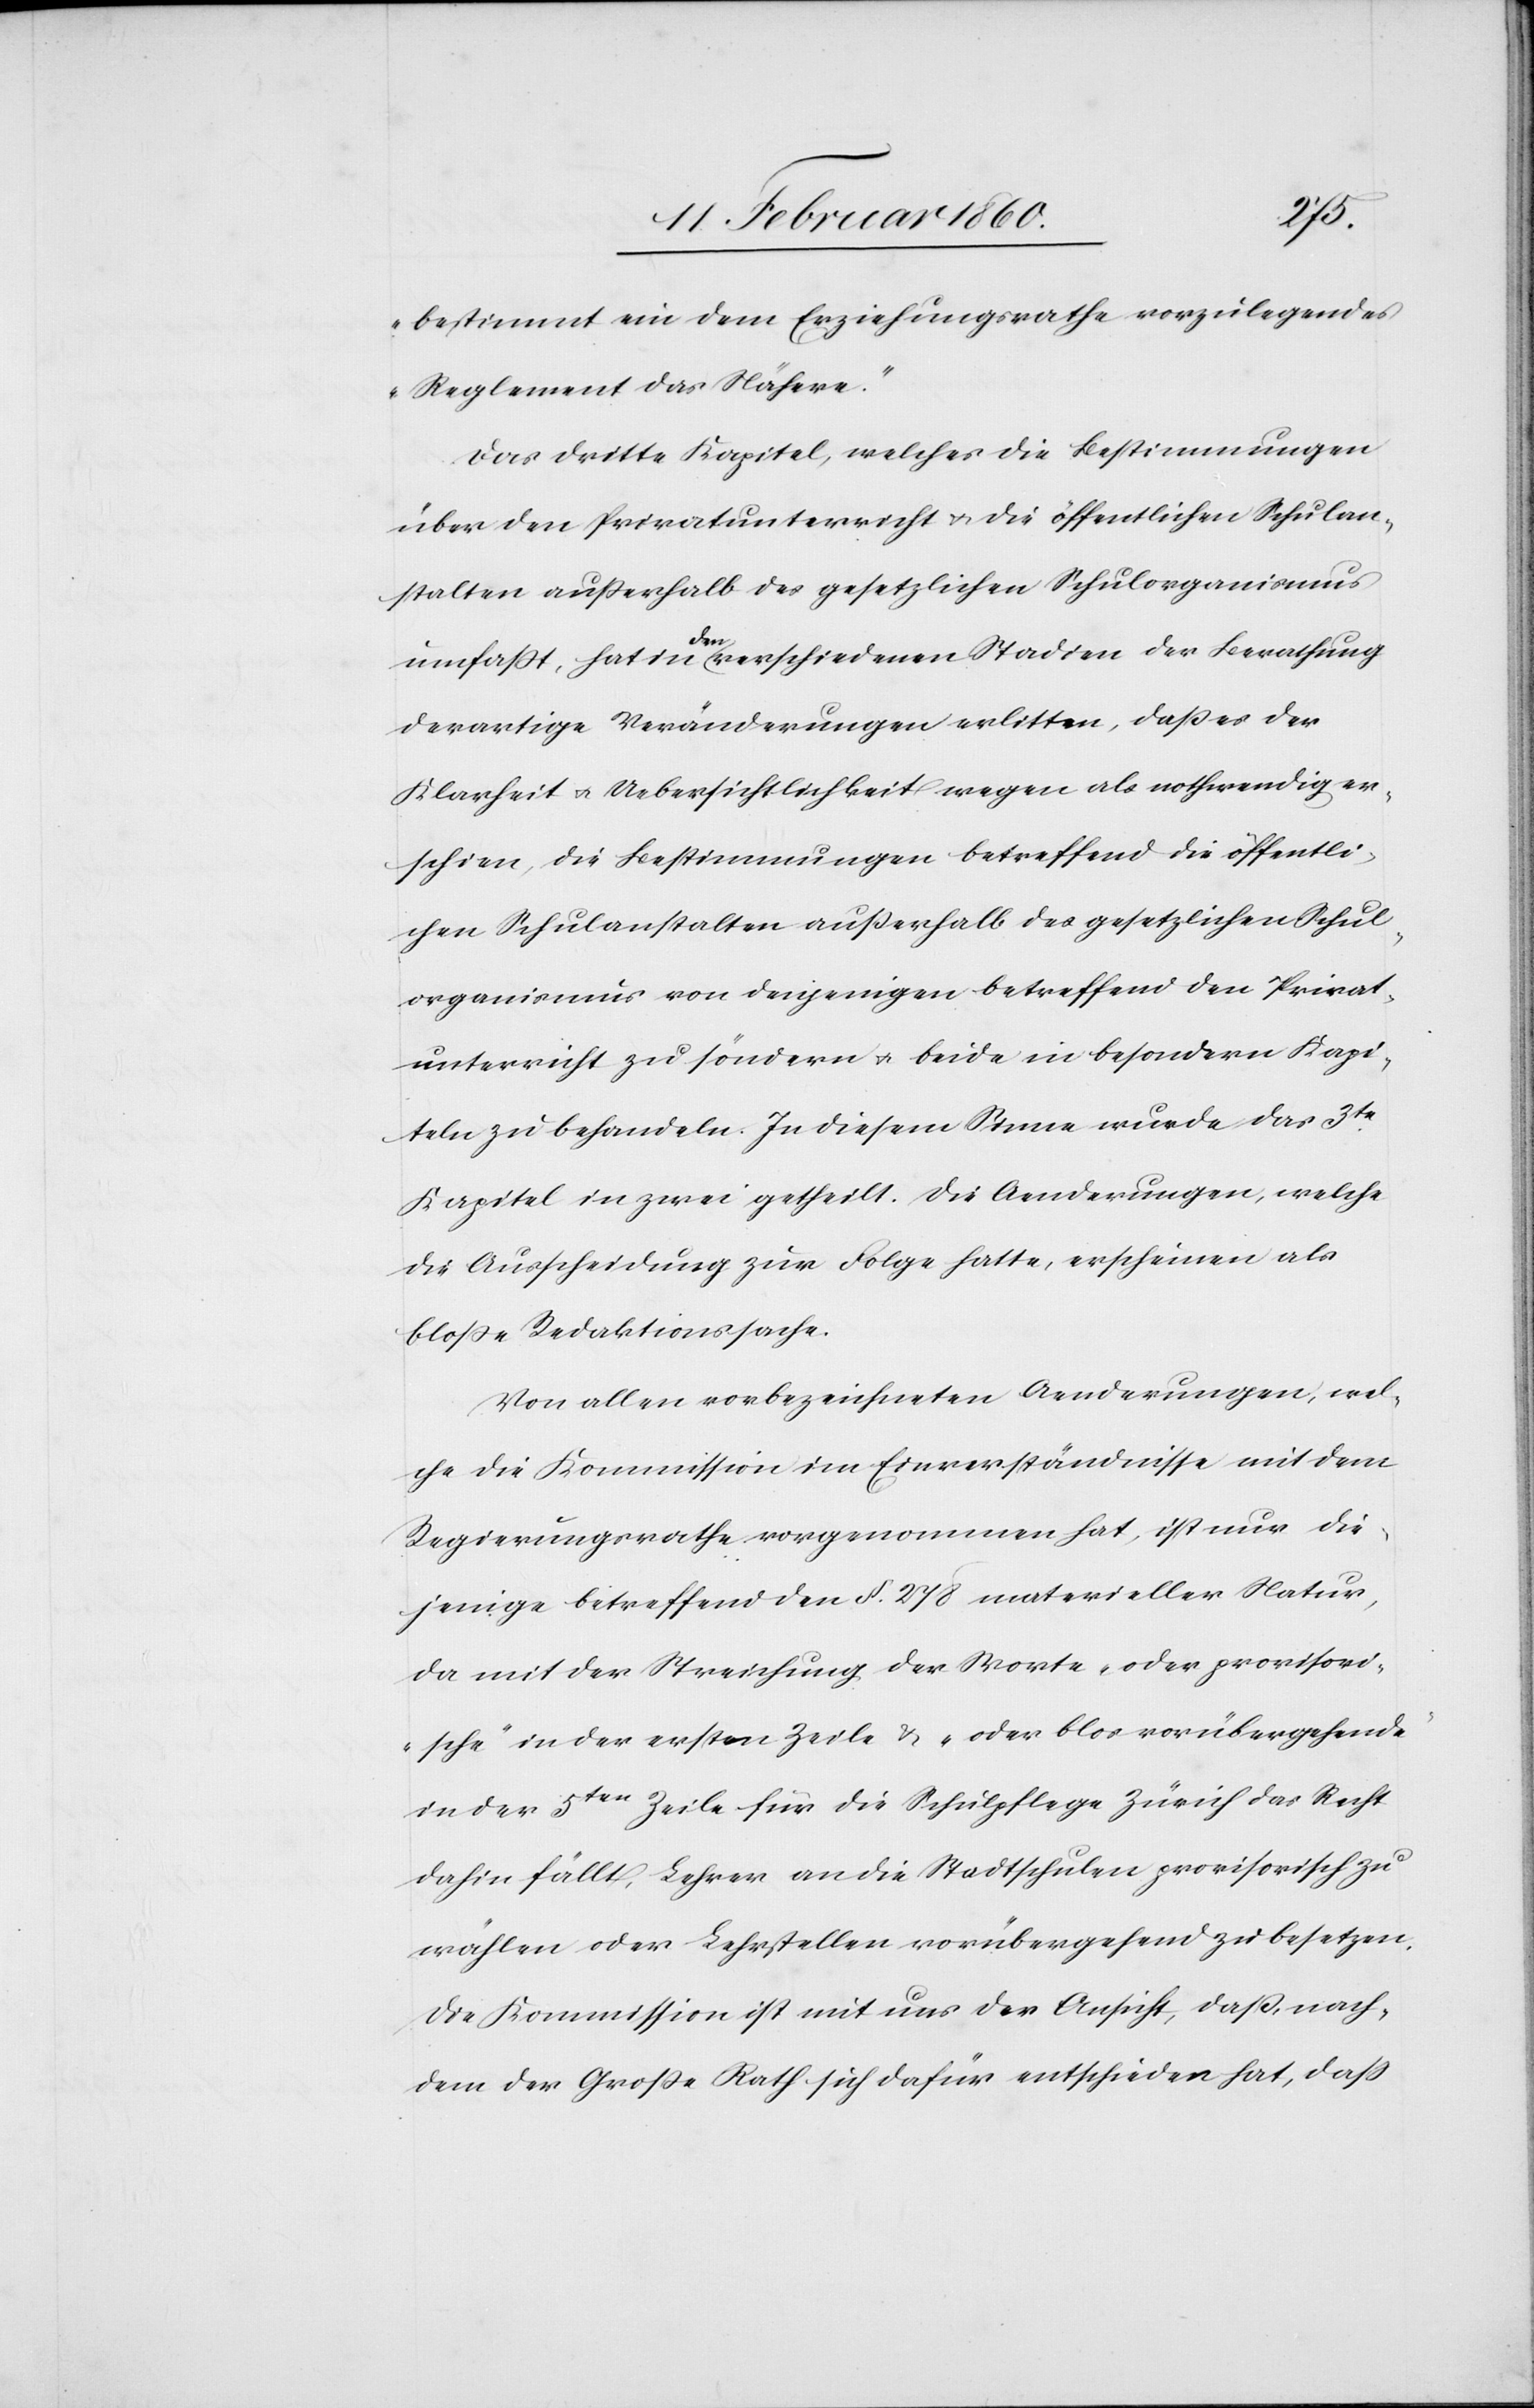
bestimmt ein dem Erziehungsrathe vorzulegendes
Reglement das Nähere.“
Das dritte Kapitel, welches die Bestimmungen
über den Privatunterricht u. die öffentlichen Schulan¬
stalten ausserhalb des gesetzlichen Schulorganismus
einfasst, hat in den verschiedenen Stadien der Berathung
derartige Veränderungen erlitten, dass es der
Klarheit u. Uebersichtlichkeit wegen als nothwendig er¬
schien, die Bestimmungen betreffend die öffentli¬
chen Schulanstalten außerhalb des gesetzlichen Schul¬
organismus von denjenigen betreffend den Privat¬
unterricht zu söndern u. beide in besondern Kapi¬
teln zu behandeln. In diesem Sinne wurde das 3te
Kapitel in zwei getheilt. Die Aenderungen, welche
die Ausscheidung zur Folge hatte, erscheinen als
blosse Redaktionssache.
Von allen vorbezeichneten Aenderungen, wel¬
che die Kommission im Einverständnisse mit dem
Regierungsrathe vorgenommen hat, ist nur die¬
jenige betreffend den §. 278. materieller Natur,
da mit der Streichung der Worte „oder provisori¬
sche“ in der ersten Zeile u. „oder blos vorübergehende“
in der 5ten Zeile für die Schulpflege Zürich das Recht
dahin fällt, Lehrer an die Stadtschulen provisorisch zu
wählen oder Lehrstellen vorübergehend zu besetzen.
Die Kommission ist mit uns der Ansicht, dass, nach¬
dem der Grosse Rath sich dafür entschieden hat, dass